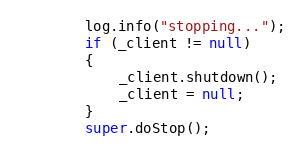
Language: Java
        log.info("stopping...");
        if (_client != null)
        {
            _client.shutdown();
            _client = null;
        }
        super.doStop();